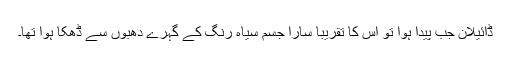
ڈائیلان جب پیدا ہوا تو اس کا تقریباً سارا جسم سیاہ رنگ کے گہرے دھبوں سے ڈھکا ہوا تھا۔